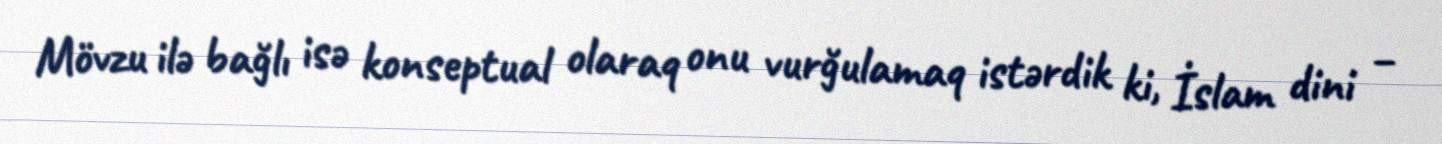
Mövzu ilə bağlı isə konseptual olaraq onu vurğulamaq istərdik ki, İslam dini –